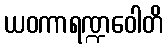
ယဝကာရဏ္ဍဝေါတိ